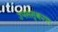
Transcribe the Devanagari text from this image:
उपसंस्करण